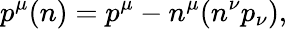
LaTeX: p^{\mu}(n)=p^{\mu}-n^{\mu}(n^{\nu}p_{\nu}),